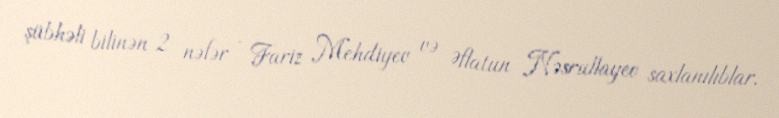
şübhəli bilinən 2 nəfər - Fariz Mehdiyev və Əflatun Nəsrullayev saxlanılıblar.